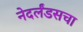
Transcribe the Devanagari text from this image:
नेदर्लंडसचा